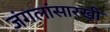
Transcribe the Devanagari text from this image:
जंगलांसारखी